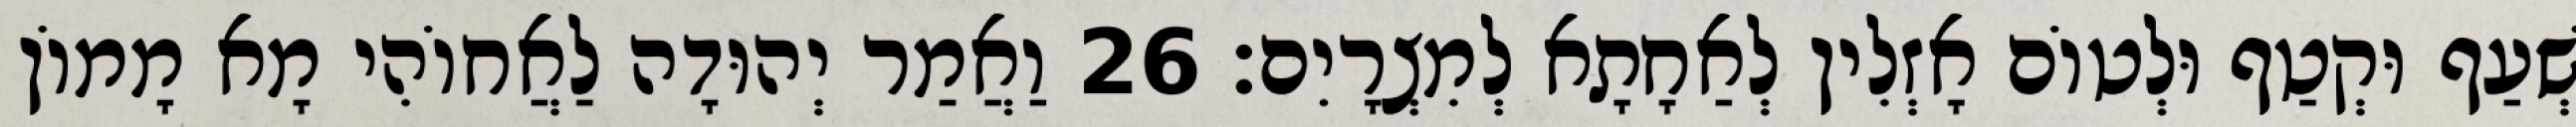
שְׁעַף וּקְטַף וּלְטוֹם אָזְלִין לְאַחָתָא לְמִצְרָיִם׃ 26 וַאֲמַר יְהוּדָה לַאֲחוֹהִי מָא מָמוֹן